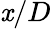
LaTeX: \mathit{x}/D